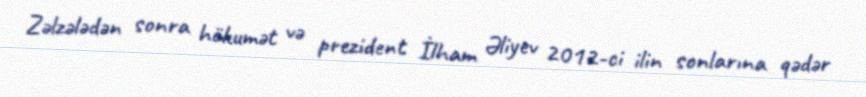
Zəlzələdən sonra hökumət və prezident İlham Əliyev 2012-ci ilin sonlarına qədər